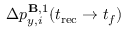
\Delta p _ { y , i } ^ { \mathbf { B } , 1 } ( t _ { \mathrm { r e c } } \to t _ { f } )